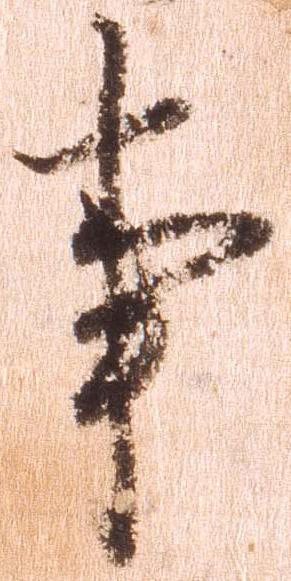
事